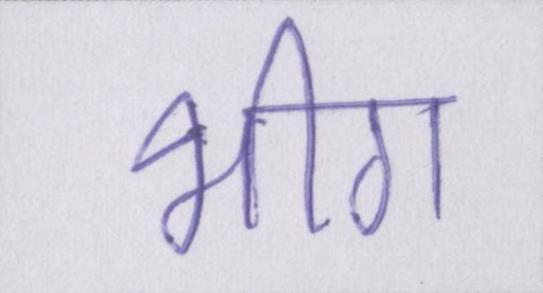
भीग